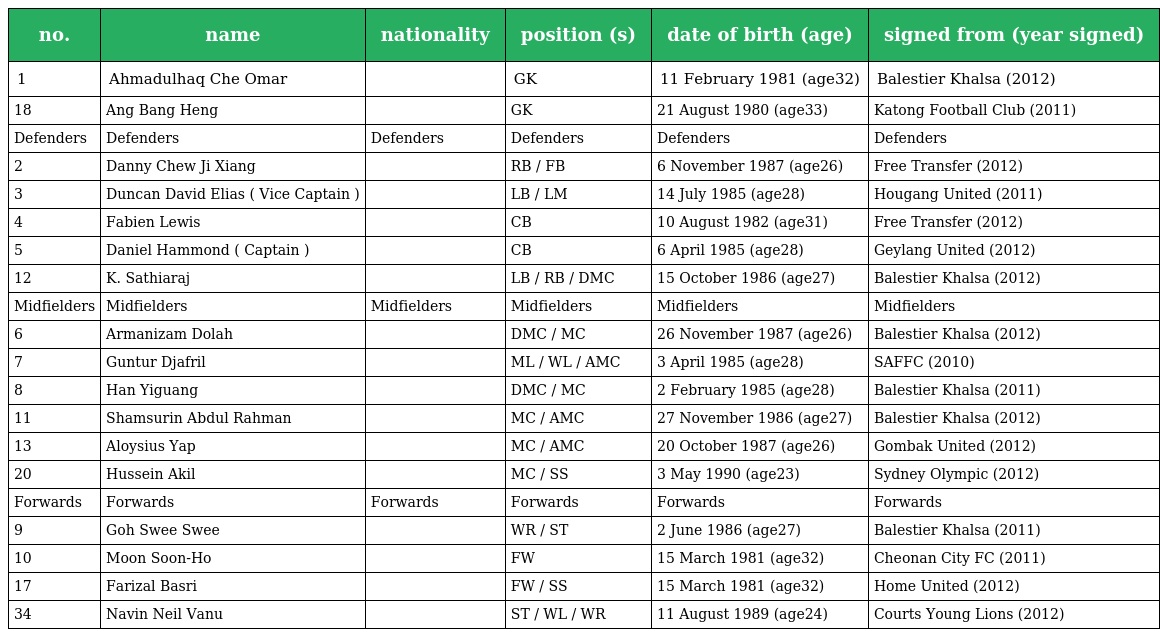
| no. | name | nationality | position (s) | date of birth (age) | signed from (year signed) |
 | --- | --- | --- | --- | --- | --- |
 | 1 | Ahmadulhaq Che Omar |  | GK | 11 February 1981 (age32) | Balestier Khalsa (2012) |
 | 18 | Ang Bang Heng |  | GK | 21 August 1980 (age33) | Katong Football Club (2011) |
 | Defenders | Defenders | Defenders | Defenders | Defenders | Defenders |
 | 2 | Danny Chew Ji Xiang |  | RB / FB | 6 November 1987 (age26) | Free Transfer (2012) |
 | 3 | Duncan David Elias ( Vice Captain ) |  | LB / LM | 14 July 1985 (age28) | Hougang United (2011) |
 | 4 | Fabien Lewis |  | CB | 10 August 1982 (age31) | Free Transfer (2012) |
 | 5 | Daniel Hammond ( Captain ) |  | CB | 6 April 1985 (age28) | Geylang United (2012) |
 | 12 | K. Sathiaraj |  | LB / RB / DMC | 15 October 1986 (age27) | Balestier Khalsa (2012) |
 | Midfielders | Midfielders | Midfielders | Midfielders | Midfielders | Midfielders |
 | 6 | Armanizam Dolah |  | DMC / MC | 26 November 1987 (age26) | Balestier Khalsa (2012) |
 | 7 | Guntur Djafril |  | ML / WL / AMC | 3 April 1985 (age28) | SAFFC (2010) |
 | 8 | Han Yiguang |  | DMC / MC | 2 February 1985 (age28) | Balestier Khalsa (2011) |
 | 11 | Shamsurin Abdul Rahman |  | MC / AMC | 27 November 1986 (age27) | Balestier Khalsa (2012) |
 | 13 | Aloysius Yap |  | MC / AMC | 20 October 1987 (age26) | Gombak United (2012) |
 | 20 | Hussein Akil |  | MC / SS | 3 May 1990 (age23) | Sydney Olympic (2012) |
 | Forwards | Forwards | Forwards | Forwards | Forwards | Forwards |
 | 9 | Goh Swee Swee |  | WR / ST | 2 June 1986 (age27) | Balestier Khalsa (2011) |
 | 10 | Moon Soon-Ho |  | FW | 15 March 1981 (age32) | Cheonan City FC (2011) |
 | 17 | Farizal Basri |  | FW / SS | 15 March 1981 (age32) | Home United (2012) |
 | 34 | Navin Neil Vanu |  | ST / WL / WR | 11 August 1989 (age24) | Courts Young Lions (2012) |